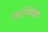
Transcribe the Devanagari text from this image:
रेखानिरीक्षक